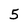
Character: 5